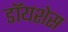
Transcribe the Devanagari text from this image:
डॉयशेस